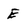
Character: E